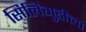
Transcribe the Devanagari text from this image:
सिलिगुडीला